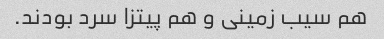
هم سیب زمینی و هم پیتزا سرد بودند.